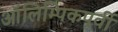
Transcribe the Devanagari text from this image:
ऑलिम्पिकपूर्वी